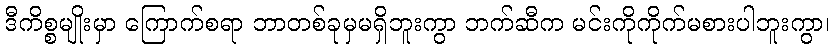
ဒီကိစ္စမျိုးမှာ ကြောက်စရာ ဘာတစ်ခုမှမရှိဘူးကွာ ဘက်ဆီက မင်းကိုကိုက်မစားပါဘူးကွာ၊